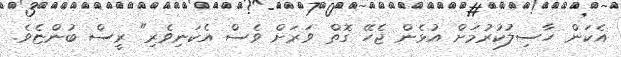
އެކަން ހާސިލުކުރުމަށް އުޅެން ޖެހޭ ގޮތް ވަރަށް ވެސް އެކަނިވެރި" ރީސް ބުންޏެވެ.